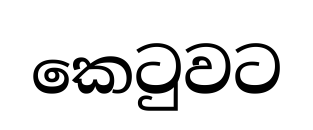
කෙටුවට